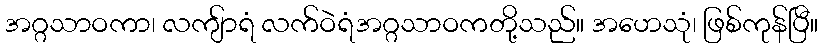
အဂ္ဂသာဝကာ၊ လကျ်ာရံ လက်ဝဲရံအဂ္ဂသာဝကတို့သည်။ အဟေသုံ၊ ဖြစ်ကုန်ပြီ။